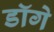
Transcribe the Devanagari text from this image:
डॉगे